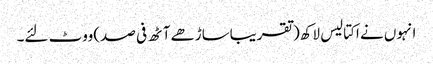
انہوں نے اکتالیس لاکھ(تقریباساڑھے آٹھ فی صد)ووٹ لئے۔